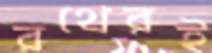
রথেরই